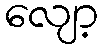
လျော့